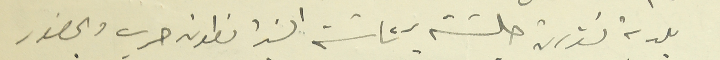
بلدية تنورين جلسته برئاسة السَيد انطون حرب وبحضور